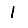
Digit: 1